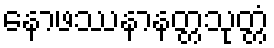
နောဖဿနာနတ္တသုတ္တံ